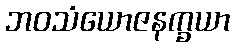
ဘဝသံယောဇနက္ခယာ